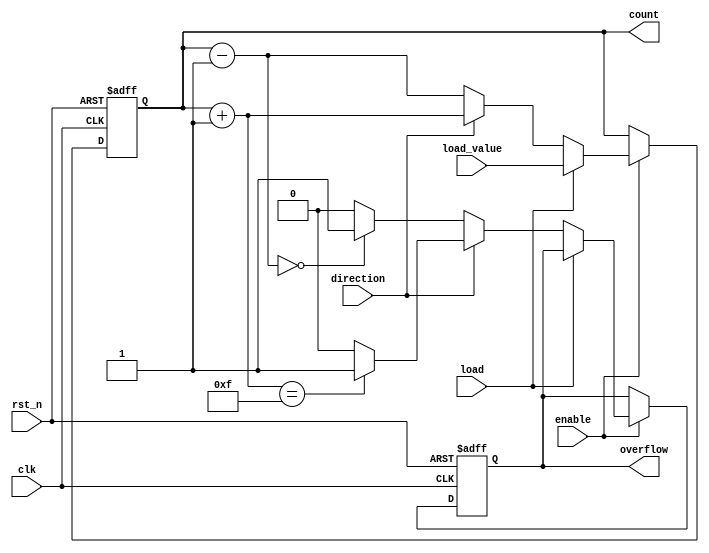
module SynchronousCounter (
    input wire clk,          // Clock input
    input wire rst_n,       // Active-low asynchronous reset
    input wire enable,      // Enable signal
    input wire load,        // Load signal
    input wire [3:0] load_value, // Value to load into the counter
    input wire direction,    // Direction control (1 = count up, 0 = count down)
    output reg [3:0] count,  // 4-bit count output
    output reg overflow      // Overflow flag
);

    // Internal signal for next count value
    reg [3:0] next_count;

    // Asynchronous reset
    always @(posedge clk or negedge rst_n) begin
        if (!rst_n) begin
            count <= 4'b0000; // Reset count to 0
            overflow <= 1'b0; // Clear overflow flag
        end else if (enable) begin
            if (load) begin
                count <= load_value; // Load the specified value
            end else begin
                // Determine next count value based on direction
                if (direction) begin
                    next_count = count + 1; // Count up
                    if (next_count == 4'b1111) // Check for overflow
                        overflow <= 1'b1; // Set overflow flag
                    else
                        overflow <= 1'b0; // Clear overflow flag
                end else begin
                    next_count = count - 1; // Count down
                    if (next_count == 4'b0000) // Check for underflow
                        overflow <= 1'b1; // Set overflow flag
                    else
                        overflow <= 1'b0; // Clear overflow flag
                end
                count <= next_count; // Update count
            end
        end
    end

endmodule